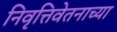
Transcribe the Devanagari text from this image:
निवृत्तिवेतनाच्या